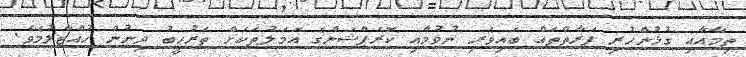
ތިމާއާއި ގުޅުންހުރި ފަރާތްތައް ބައިވެރި ނުވުމާއި ކޮރަޕްޝަންގެ އަމަލުތަކަށް ތަރުހީބު ދިނުން ހުއްޓާލުމެވެ.